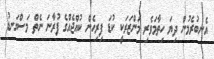
އެނބުރެމުން ދިޔަ ހިތާމަވެރި މަންޒަރަކީ ކުޑަ ފިރިހެން ކުއްޖެއްގެ ފުރާނަ ނެތް މަސްގަނޑު